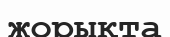
жорықта